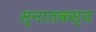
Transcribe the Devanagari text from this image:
स्नातकस्य